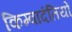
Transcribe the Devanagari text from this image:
किम्वादंतियों